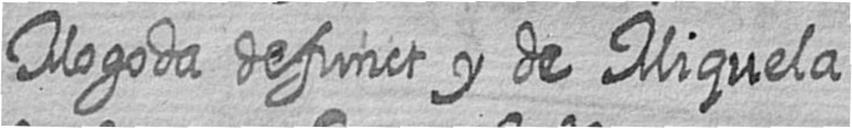
Mogoda defunct y de Miquela